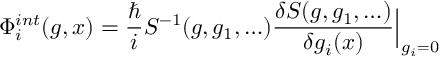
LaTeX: \Phi _ { i } ^ { i n t } ( g , x ) = { \frac { \hbar } { i } } S ^ { - 1 } ( g , g _ { 1 } , \ldots ) \frac { \delta S ( g , g _ { 1 } , \ldots ) } { \delta g _ { i } ( x ) } \Big | _ { g _ { i } = 0 }